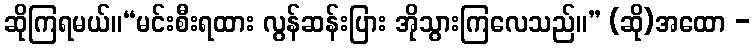
ဆိုကြရမယ်။“မင်းစီးရထား လွန်ဆန်းပြား အိုသွားကြလေသည်။” (ဆို)အထော -